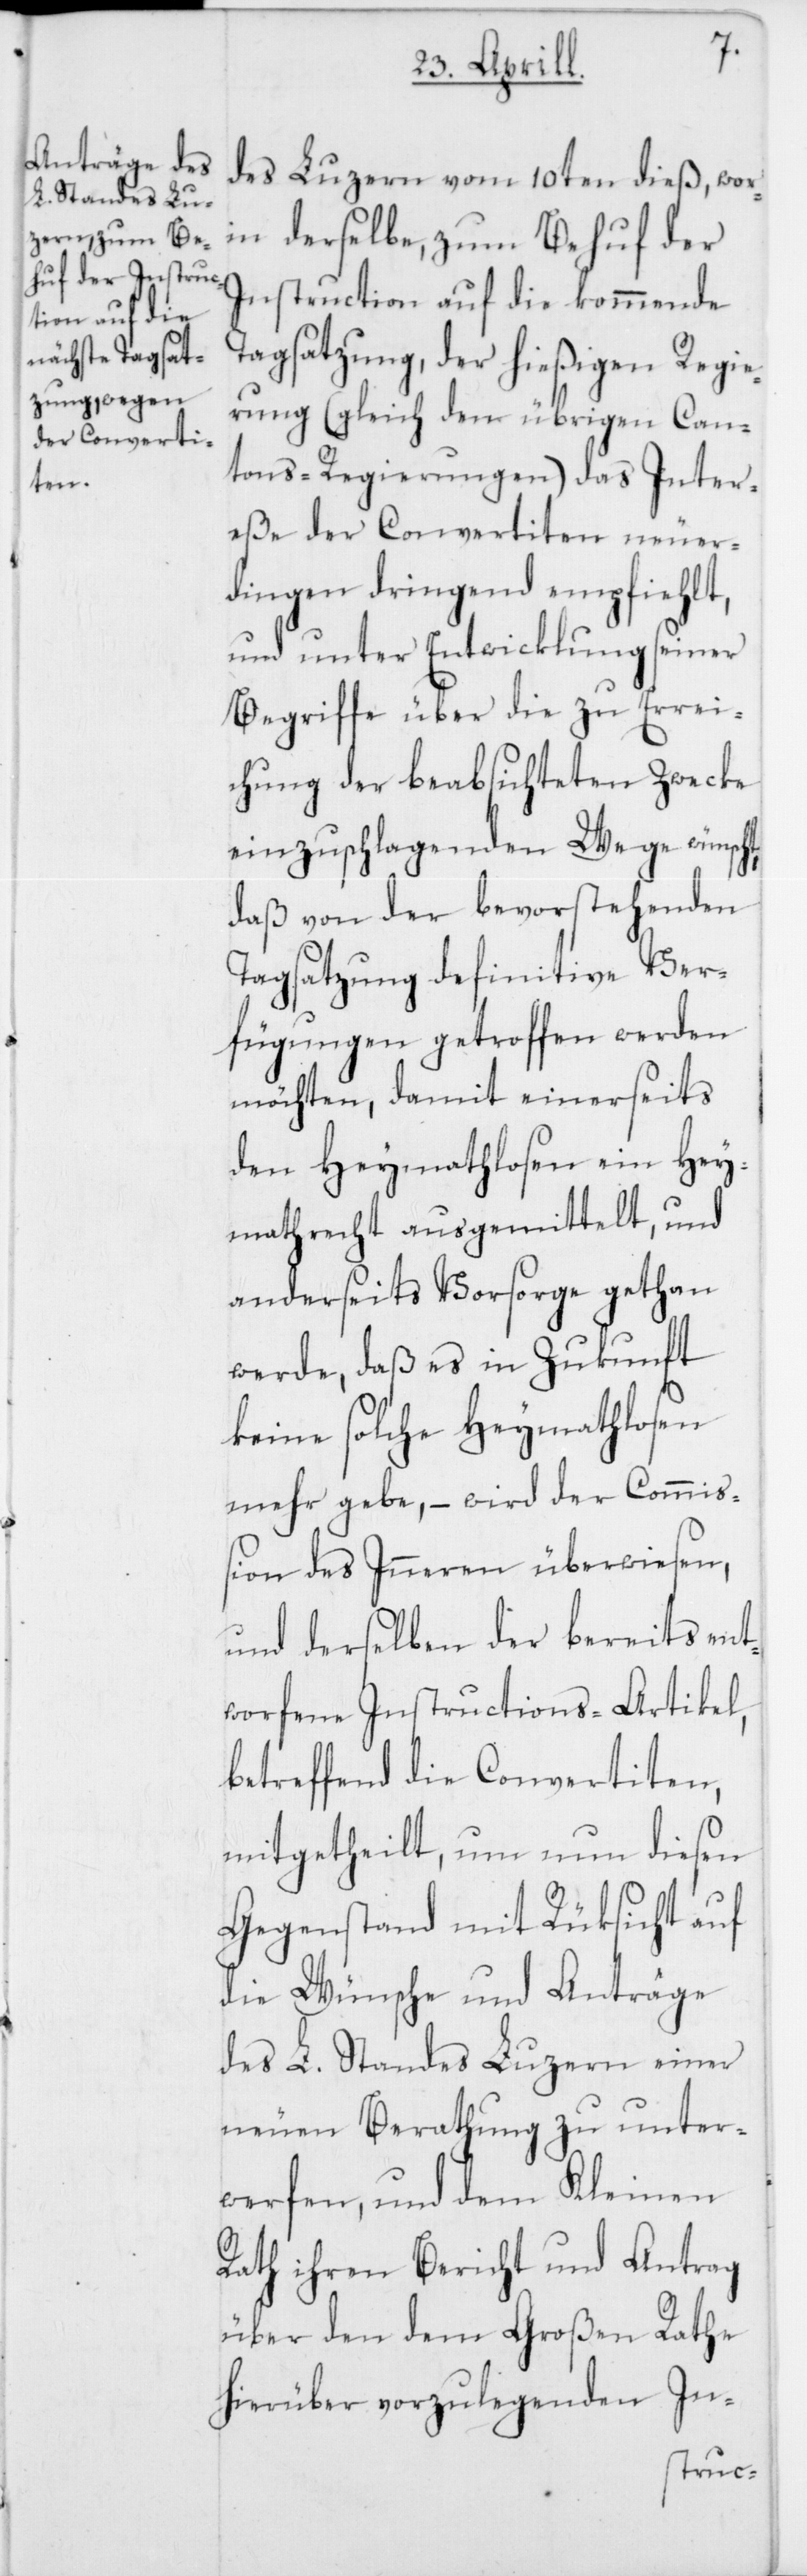
des Luzern vom 10ten dieß, wor¬
in derselbe, zum Behuf der
Instruction auf die kommende
Tagsatzung, der hießigen Regie¬
rung (gleich den übrigen Can¬
tons-Regierungen) das Inter¬
eße der Convertiten neuer¬
dingen dringend empfiehlt,
und unter Entwicklung seiner
Begriffe über die zu Errei¬
chung der beabsichteten Zwecke
einzuschlagenden Wege wünscht,
daß von der bevorstehenden
Tagsatzung definitive Ver¬
fügungen getroffen werden
möchten, damit einerseits
den Heymathlosen ein Hey¬
mathrecht ausgemittelt, und
anderseits Vorsorge gethan
werde, daß es in Zukunft
keine solche Heymathlosen
mehr gebe, – wird der Commiß¬
ion des Inneren überwiesen,
und derselben der bereits ent¬
worfene Instructions-Artikel,
betreffend die Convertiten,
mitgetheilt, um nun diesen
Gegenstand mit Rüksicht auf
die Wünsche und Anträge
des L. Standes Luzern einer
neuen Berathung zu unter¬
werfen, und dem Kleinen
Rath ihren Bericht und Antrag
über den dem Großen Rathe
hierüber vorzulegenden In-